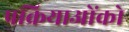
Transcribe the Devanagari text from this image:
प्रक्रियाओंको